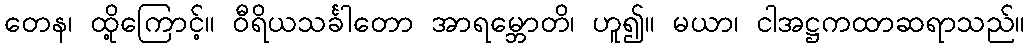
တေန၊ ထို့ကြောင့်။ ဝီရိယသင်္ခါတော အာရမ္ဘောတိ၊ ဟူ၍။ မယာ၊ ငါအဋ္ဌကထာဆရာသည်။